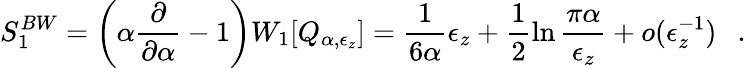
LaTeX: S_{1}^{BW}=\left(\alpha{\frac{\partial}{\partial\alpha}}-1\right)W_{1}[Q_{\alpha,\epsilon_{z}}]={\frac{1}{6\alpha}}\epsilon_{z}+\frac 12\ln{\frac{\pi\alpha}{\epsilon_{z}}}+o(\epsilon_{z}^{-1})~~~.